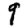
Digit: 9